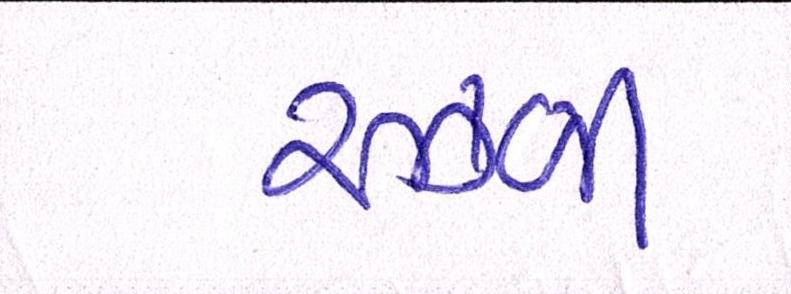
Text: રઝ્ળી